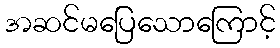
အဆင်မပြေသောကြောင့်